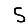
Digit: 5